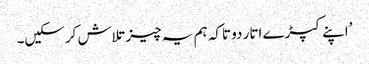
’اپنے کپڑے اتار دو تاکہ ہم یہ چیز تلاش کرسکیں۔